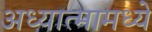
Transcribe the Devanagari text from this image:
अध्यात्मामध्ये